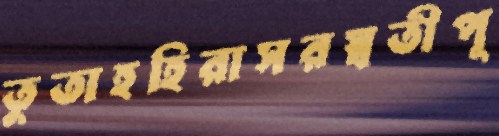
তুতাহহিরাসরস্বতীপূ